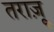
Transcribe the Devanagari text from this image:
तराज़ू़